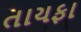
તાયફા